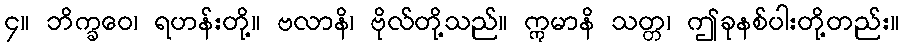
၄။ ဘိက္ခဝေ၊ ရဟန်းတို့။ ဗလာနိ၊ ဗိုလ်တို့သည်။ ဣမာနိ သတ္တ၊ ဤခုနစ်ပါးတို့တည်း။